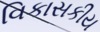
વિકાસકીય